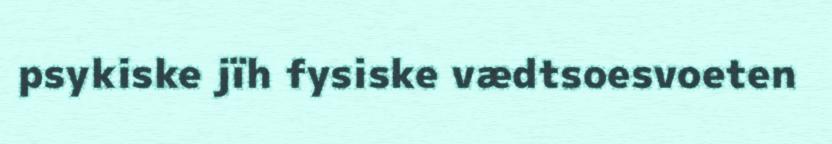
psykiske jïh fysiske vædtsoesvoeten